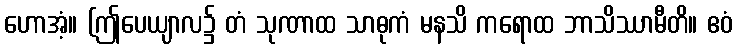
ဟောအံ့။ (ဤပေယျာလ၌ တံ သုဏာထ သာဓုကံ မနသိ ကရောထ ဘာသိဿာမီတိ။ ဧဝံ